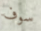
سوف